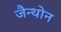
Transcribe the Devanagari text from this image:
जैन्थोन